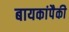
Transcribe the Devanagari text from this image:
बायकांपैकी